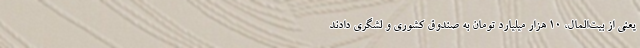
یعنی از بیت‌المال، ۱۰ هزار میلیارد تومان به صندوق کشوری و لشگری دادند